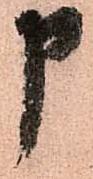
申